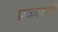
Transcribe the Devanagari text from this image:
प्रकाशमें